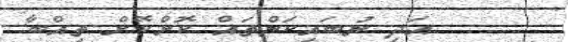
އަދި ނުބައިކަންތައް ކޮށްކޮށް ތިއްބާ